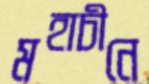
মহাচীনে